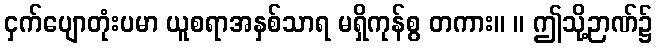
ငှက်ပျောတုံးပမာ ယူစရာအနှစ်သာရ မရှိကုန်စွ တကား။ ။ ဤသို့ဉာဏ်၌